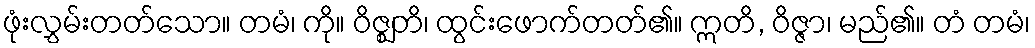
ဖုံးလွှမ်းတတ်သော။ တမံ၊ ကို။ ဝိဇ္ဈတိ၊ ထွင်းဖောက်တတ်၏။ ဣတိ, ဝိဇ္ဇာ၊ မည်၏။ တံ တမံ၊